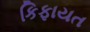
કિફાયત